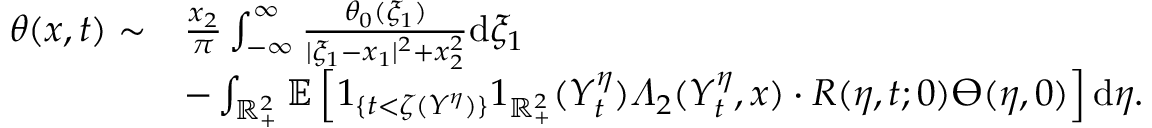
\begin{array} { r l } { \theta ( x , t ) \sim } & { \frac { x _ { 2 } } { \pi } \int _ { - \infty } ^ { \infty } \frac { \theta _ { 0 } ( \xi _ { 1 } ) } { | \xi _ { 1 } - x _ { 1 } | ^ { 2 } + x _ { 2 } ^ { 2 } } \mathrm { d } \xi _ { 1 } } \\ & { - \int _ { \mathbb { R } _ { + } ^ { 2 } } \mathbb { E } \left[ 1 _ { \{ t < \zeta ( Y ^ { \eta } ) \} } 1 _ { \mathbb { R } _ { + } ^ { 2 } } ( Y _ { t } ^ { \eta } ) \varLambda _ { 2 } ( Y _ { t } ^ { \eta } , x ) \cdot R ( \eta , t ; 0 ) \varTheta ( \eta , 0 ) \right] \mathrm { d } \eta . } \end{array}